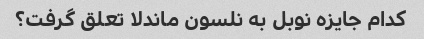
کدام جایزه نوبل به نلسون ماندلا تعلق گرفت؟